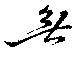
無